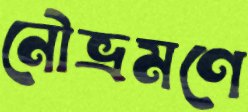
নৌভ্রমণে